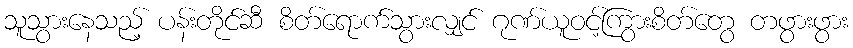
သူသွားနေသည့် ပန်းတိုင်ဆီ စိတ်ရောက်သွားလျှင် ဂုဏ်ယူဝင့်ကြွားစိတ်တွေ တဖွားဖွား